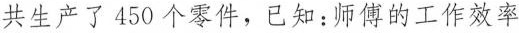
共生产了450个零件，已知：师傅的工作效率